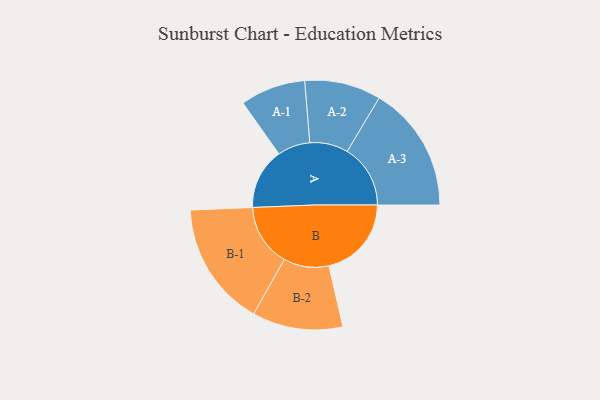
{"axis": {"x": "Segment", "y": "Value"}, "legend": ["", "A", "B"], "data": [{"x": "A", "y": 283, "type": ""}, {"x": "B", "y": 382, "type": ""}, {"x": "A-1", "y": 151, "type": "A"}, {"x": "A-2", "y": 177, "type": "A"}, {"x": "A-3", "y": 293, "type": "A"}, {"x": "B-1", "y": 289, "type": "B"}, {"x": "B-2", "y": 210, "type": "B"}]}